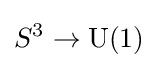
S^{3}\rightarrow {\text{U}}(1)